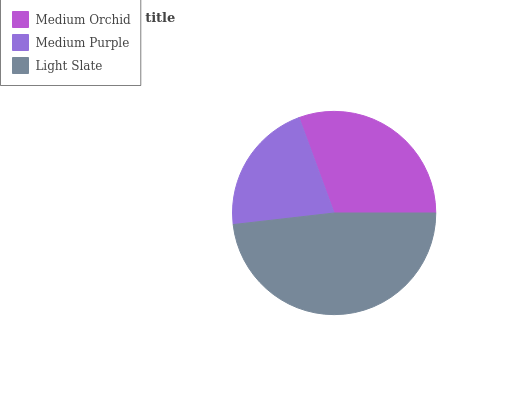
| Medium Orchid | Medium Purple | Light Slate |
 | --- | --- | --- |
 | 30.6% | 21.2% | 48.2% |